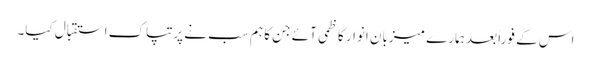
اس کے فوراً بعد ہمارے میزبان انوار کاظمی آئے جن کا ہم سب نے پرتپاک استقبال کیا۔